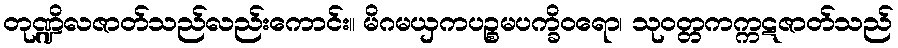
တုဏ္ဍိလဇာတ်သည်လည်းကောင်း။ မိဂမယှကပဉ္စမပက္ခိဝရော၊ သုဝတ္တကက္ကဋဇာတ်သည်